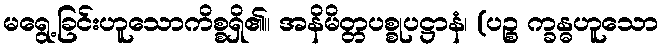
မရွေ့ခြင်းဟူသောကိစ္စရှိ၏။ အနိမိတ္တပစ္စုပဋ္ဌာနံ၊ (ပဉ္စ က္ခန္ဓဟူသော